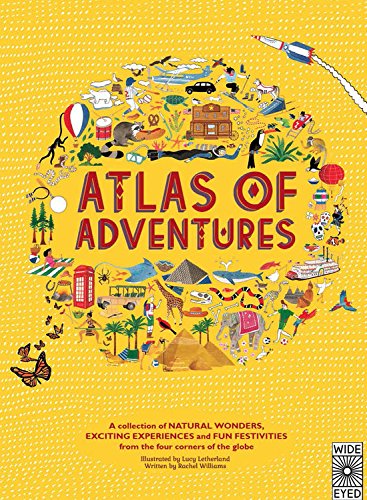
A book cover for Atlas of Adventures: A collection of natural wonders, exciting experiences and fun festivities from the four corners of the globe.; Rachel Williams; Children's Books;